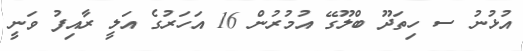
އުޅުނު ސ ހިތަދޫ ބްލޫގޭ އުމުރުން 16 އަހަރުގެ އަލީ ރާއިފު ވަނީ